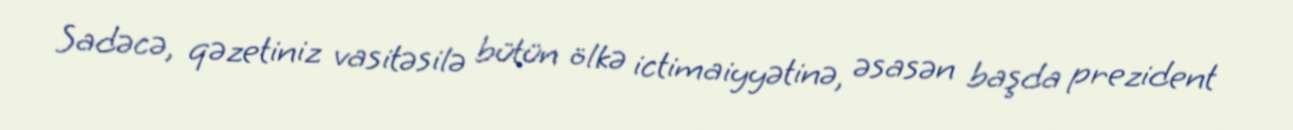
Sadəcə, qəzetiniz vasitəsilə bütün ölkə ictimaiyyətinə, əsasən başda prezident